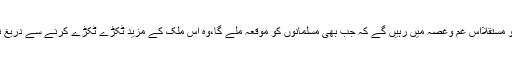
بھارت کے ہندو مستقلاًاس غم وغصہ میں رہیں گے کہ جب بھی مسلمانوں کو موقعہ ملے گا،وہ اس ملک کے مزید ٹکڑے ٹکڑے کرنے سے دریغ نہیں کریں گے۔